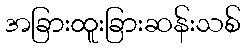
အခြားထူးခြားဆန်းသစ်